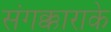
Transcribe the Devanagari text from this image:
संगक्काराके